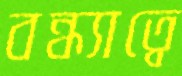
বন্ধ্যাত্বে